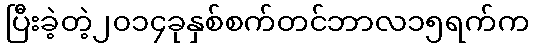
ပြီးခဲ့တဲ့၂၀၁၄ခုနှစ်စက်တင်ဘာလ၁၅ရက်က